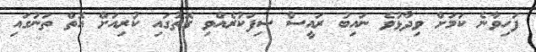
ފަހިވާނެ ކަމަށް ވިދާޅުވެ ނައިބު ރައީސް ސިފަކުރެއްވި ގޮތުގައި ކުރިއަށް އޮތް ތަނުގައި